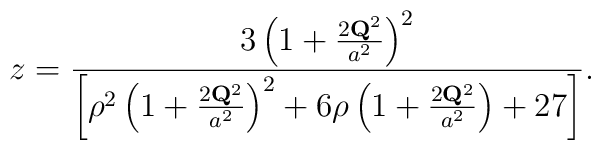
z = \frac{3 \left( 1 + \frac{2 {\bf Q}^{2}}{a^{2}} \right)^{2}}{\left[\rho^{2} \left( 1 + \frac{2 {\bf Q}^{2}}{a^{2}} \right)^{2} + 6 \rho \left( 1 + \frac{2 {\bf Q}^{2}}{a^{2}} \right) + 27 \right]}.